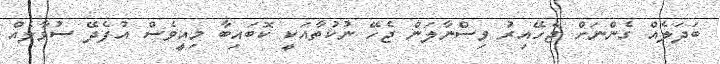
ބަދަލެއް ގެންނަށް ޖެހޭއިރު ވިސްނާލަން ޖެހޭ ނުކުތާއަކީ ކޮބައިބާ މިއީވެސް އުފެދޭ ސުވާލެއް